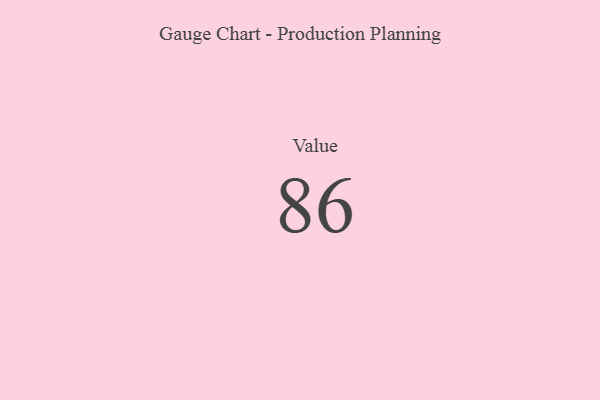
{"axis": {"x": "Metric", "y": "Value"}, "legend": [""], "data": [{"x": "Value", "y": 86, "type": ""}]}